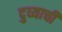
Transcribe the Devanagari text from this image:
दुव्याची